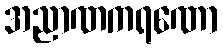
အညာဏကရဏော